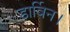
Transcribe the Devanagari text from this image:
डार्विन।